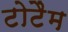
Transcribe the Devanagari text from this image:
टोटैम